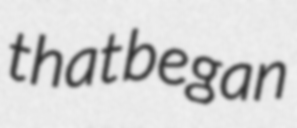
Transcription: that began